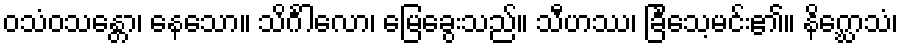
ဝသံဝသန္တော၊ နေသော။ သိင်္ဂါလော၊ မြေခွေးသည်။ သီဟဿ၊ ခြင်္သေ့မင်း၏။ နိဂ္ဃောသံ၊